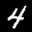
Label: 4